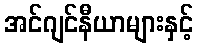
အင်ဂျင်နီယာများနှင့်